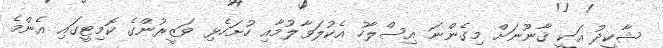
ޝާކީދު އަކީ ޤާނޫނަށް މިގެންނަ އިސްލާހު އެކުލަވާލުމާއި ހުށަހެޅި ވަޒީރުންގެ ކޮމިޓީގައި އެންމެ